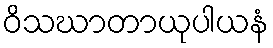
ဝိသဃာတာယုပါယနံ